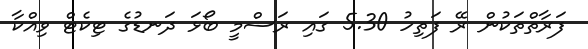
ފަރާތްތަކުން ރޭ ފަތިހު 5.30 ގައި ރަސްމީ ބޯޅަ ދަނޑުގެ ޓިކެޓް ވިއްކާ